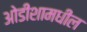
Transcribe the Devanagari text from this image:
ओडीशामधील